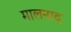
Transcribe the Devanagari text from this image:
मालनाद